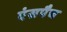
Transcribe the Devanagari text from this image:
एंसपैच